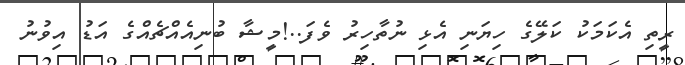
ރީތި އެކަމަކު ކަލޭގެ ހިޔަނި އެޅި ނުތާހިރު ވެފަ..!މީޝާ ބުނިއެއްޗެއްގެ އަޑު އިވުނު